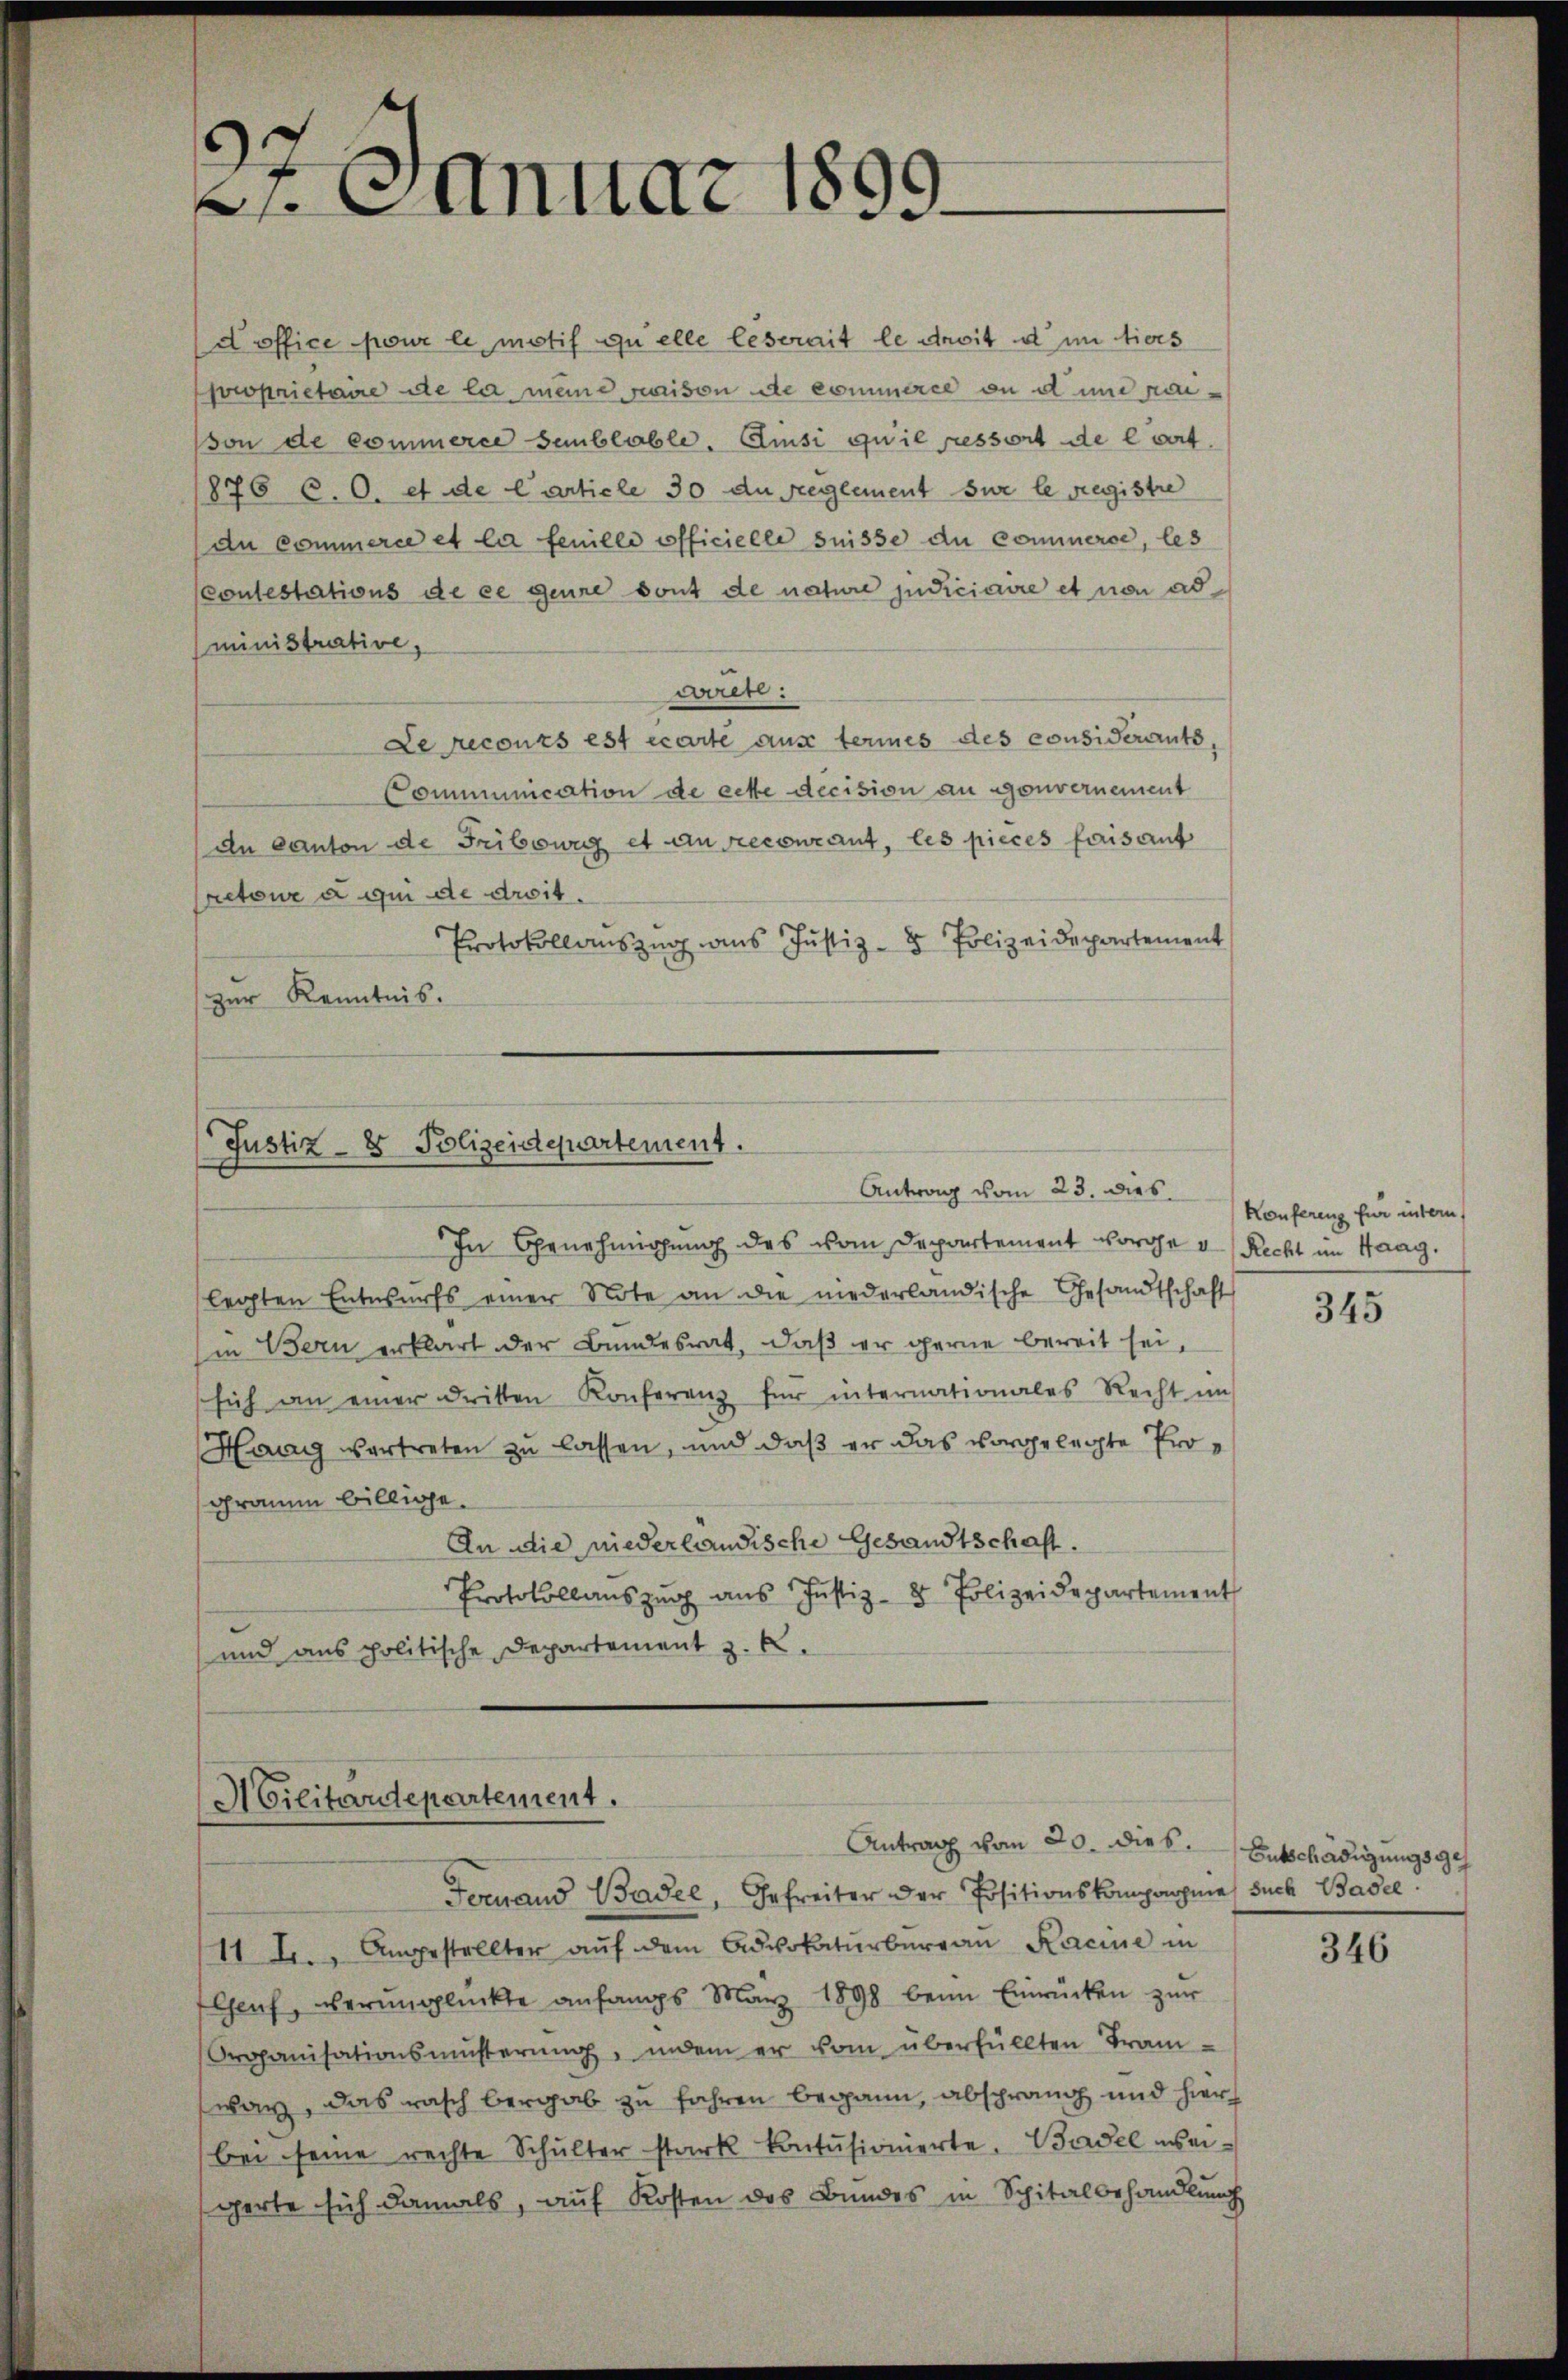
¬
d. 6 anuar 1891
e

doffice pour le motif quelle leserait le droit d im tiers
proprietaire de la meine maison de commerce an d und nason de commerce semblable. Amisi qu’il pressort de lart.
876 C.O. et de Carticle 30 die Reglement sur le registre
du commerce et la feuille officielle suisse du commerce, les
(contestations de ce geure dont de nature judiciaire et non ad
ministrative,
ciret:
Le recours est écarte aus termes des considerants
Communication de ecke decision an gouvernement
An Canton de Fribourg et au recourant, les pieces faisant
retour a qui de droit.
Protokollaŭszŭg ans Justiz- & Polizeidepartement
zŭr Kenntnis.

Justiz- & Polizeidepartement.
In Genehmigung des vom Departement vorge d. Recht im Haag.

Antrag vom 23. dies
legten Entwurfs einer Note an die niederländische Gesandtschaft
in Bern erklärt der Bundesrat, daß er gerne bereit sei,
sich an einer dritten Konferenz für internationales Recht im
Haag vortreten zu lassen, und daß er das vorgelegte Programm billige.
An die niederländische Gesandtschaft.
Protokollaŭszŭg aŭs Justiz- & Polizeidepartement
und aus politische Departement z. B.

Militärdepartement.
Feruand Basel, Gefreiter der Positionskompagnie such Basel

Antrag vom 20. dies. Entschädigungsge

114. Angestellter aŭf dem Advokaturbüreaŭ Kacine in
Genf, verŭnglückte anfangs März 1898 beim Einrücken zŭr
Organisationsmüsterŭng, indem er vom überfüllten Tramwar, das rasch bergab zu fahren begann, absprang und hier
bei seine rechte Schulter stark kontŭsionierte. Basel weigerte sich damals, auf Kosten des Bundes in Spitalbehandlung

Konfereng für intern,

345

346